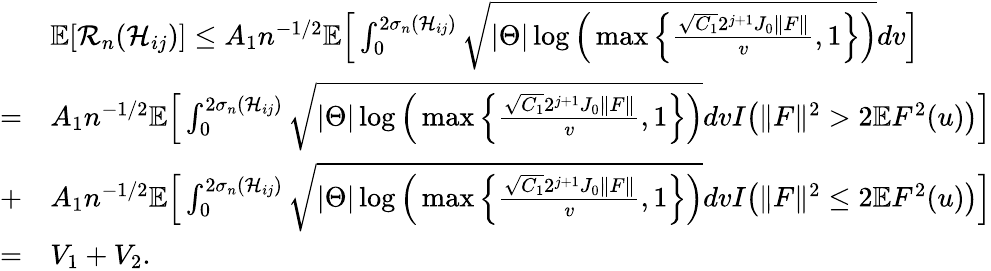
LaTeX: \begin{array}{rl}&{\mathbb{E}[\mathcal{R}_{n}(\mathcal{H}_{ij})]\leq A_{1}n^{-1/2}\mathbb{E}\Big[\int_{0}^{2\sigma_{n}(\mathcal{H}_{ij})}\sqrt{|\Theta|\log\Big(\operatorname*{max}\Big\{ \frac{\sqrt{C_{1}}2^{j+1}J_{0}\Vert F\Vert}{v},1\Big\} \Big)}dv\Big]}\\ {=}&{A_{1}n^{-1/2}\mathbb{E}\Big[\int_{0}^{2\sigma_{n}(\mathcal{H}_{ij})}\sqrt{|\Theta|\log\Big(\operatorname*{max}\Big\{ \frac{\sqrt{C_{1}}2^{j+1}J_{0}\Vert F\Vert}{v},1\Big\} \Big)}dvI\big(\Vert F\Vert^{2}>2\mathbb{E}F^{2}(u)\big)\Big]}\\ {+}&{A_{1}n^{-1/2}\mathbb{E}\Big[\int_{0}^{2\sigma_{n}(\mathcal{H}_{ij})}\sqrt{|\Theta|\log\Big(\operatorname*{max}\Big\{ \frac{\sqrt{C_{1}}2^{j+1}J_{0}\Vert F\Vert}{v},1\Big\} \Big)}dvI\big(\Vert F\Vert^{2}\leq 2\mathbb{E}F^{2}(u)\big)\Big]}\\ {=}&{V_{1}+V_{2}.}\end{array}